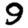
Digit: 9